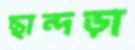
ছান্দড়া